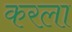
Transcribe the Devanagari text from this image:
करला